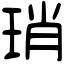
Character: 琑